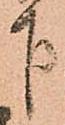
下